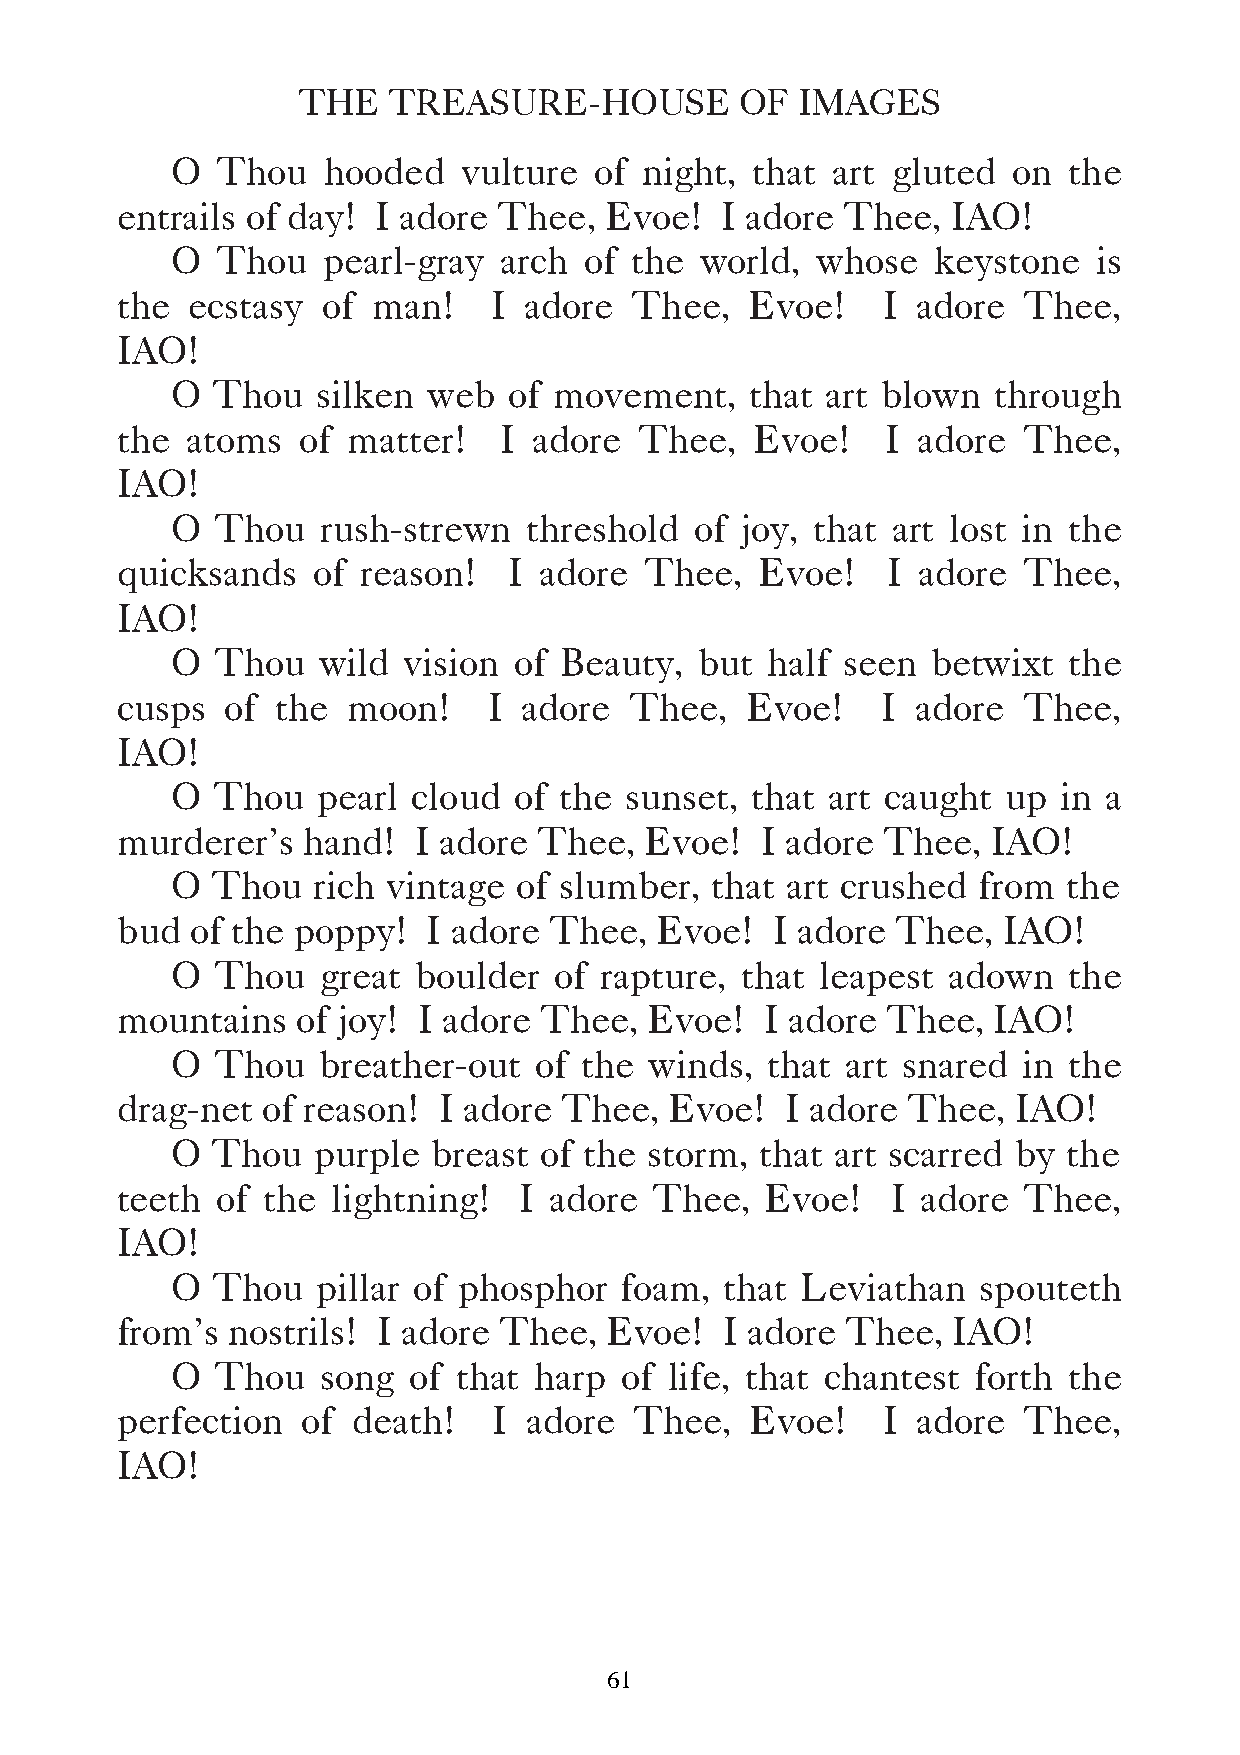
THE   TREASURE-HOUSE         OF  IMAGES
 O  Thou   hooded    vulture of  night, that art gluted  on  the
 entrails of day! I adore Thee,  Evoe!   I adore Thee,  IAO!
 O  Thou   pearl-gray  arch  of the world,  whose   keystone   is
 the ecstasy  of  man!    I adore  Thee,   Evoe!   I  adore  Thee,
 IAO!
 O  Thou   silken web   of movement,    that art blown  through
 the atoms   of matter!   I adore  Thee,   Evoe!    I adore  Thee,
 IAO!
 O  Thou   rush-strewn   threshold  of joy, that art lost in the
 quicksands   of reason!   I adore  Thee,  Evoe!    I adore  Thee,
 IAO!
 O  Thou   wild  vision of Beauty,  but  half seen  betwixt  the
 cusps  of the  moon!    I  adore  Thee,  Evoe!    I  adore  Thee,
 IAO!
 O  Thou   pearl cloud  of the sunset,  that art caught  up in a
 murderer’s  hand!  I adore  Thee,  Evoe!  I adore Thee,   IAO!
 O  Thou   rich vintage of slumber,  that art crushed  from  the
 bud  of the poppy!  I adore Thee,  Evoe!   I adore Thee,  IAO!
 O  Thou   great boulder   of rapture, that leapest  adown   the
 mountains   of joy! I adore Thee,  Evoe!   I adore Thee,  IAO!
 O  Thou   breather-out  of the  winds,  that art snared  in the
 drag-net of reason!  I adore Thee,  Evoe!   I adore Thee,  IAO!
 O  Thou   purple  breast of the storm, that art scarred by  the
 teeth of the  lightning!  I adore  Thee,   Evoe!   I adore  Thee,
 IAO!
 O  Thou   pillar of phosphor  foam,  that Leviathan   spouteth
 from’s nostrils! I adore Thee,  Evoe!   I adore Thee,  IAO!
 O  Thou   song  of that harp  of life, that chantest  forth the
 perfection  of death!    I adore  Thee,   Evoe!    I adore  Thee,
 IAO!
 61